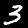
Label: 3